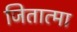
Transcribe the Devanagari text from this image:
जितात्मा